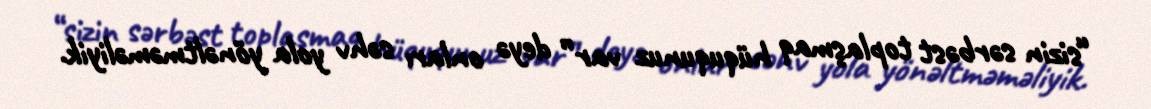
“sizin sərbəst toplaşmaq hüququnuz var” deyə onları səhv yola yönəltməməliyik.